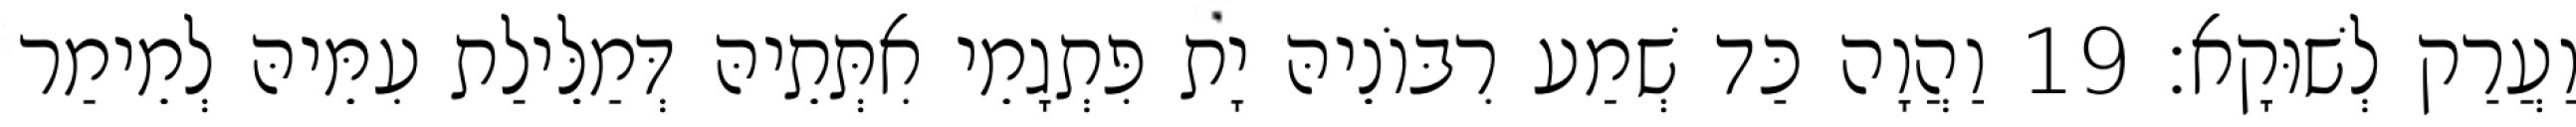
וַעֲרַק לְשׁוּקָא׃ 19 וַהֲוָה כַּד שְׁמַע רִבּוֹנֵיהּ יָת פִּתְגָמֵי אִתְּתֵיהּ דְּמַלֵּילַת עִמֵּיהּ לְמֵימַר